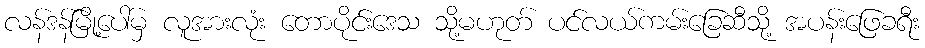
လန်ဒန်မြို့ပေါ်မှ လူအားလုံး တောပိုင်းဒေသ သို့မဟုတ် ပင်လယ်ကမ်းခြေဆီသို့ အပန်းဖြေခရီး